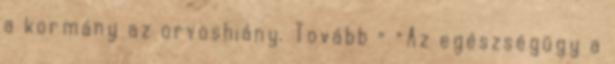
a kormány az orvoshiány. Tovább › ›Az egészségügy a